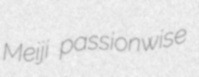
Meiji passionwise